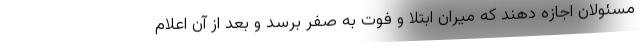
مسئولان اجازه دهند که میران ابتلا و فوت به صفر برسد و بعد از آن اعلام